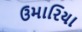
ઉમારિયા